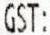
GST: